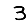
Digit: 3